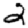
Digit: 2